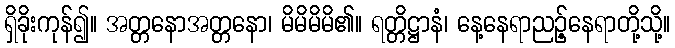
ရှိခိုးကုန်၍။ အတ္တနောအတ္တနော၊ မိမိမိမိ၏။ ရတ္တိဋ္ဌာနံ၊ နေ့နေရာညဉ့်နေရာတို့သို့။